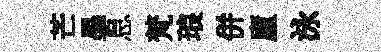
芒墨息梵琅併廬泳